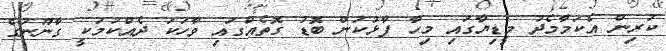
ކުރިން އެކަމާމެދު މީޑިޔާގައި މިހާ ފާޅުކަން ބޮޑު ގޮތެއްގައި ވާހަކަ ދެއްކުމަކީ ގާނޫނުގެ